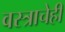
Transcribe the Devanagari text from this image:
वस्त्राचेही